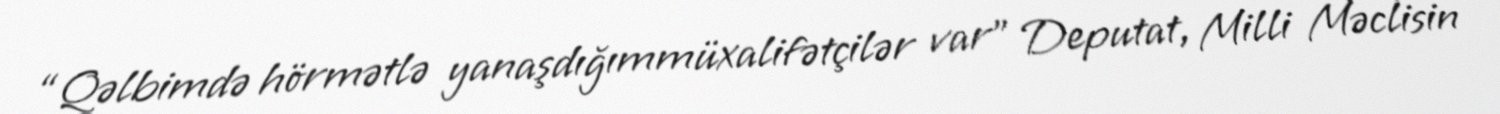
“Qəlbimdə hörmətlə yanaşdığımmüxalifətçilər var” Deputat, Milli Məclisin